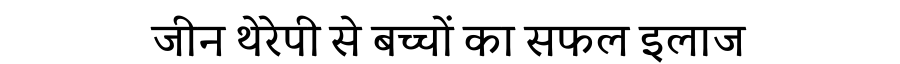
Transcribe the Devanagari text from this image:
जीन थेरेपी से बच्चों का सफल इलाज